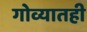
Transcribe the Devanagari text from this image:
गोव्यातही